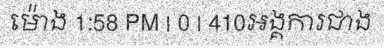
ម៉ោង 1:58 PM | 0 | 410អង្គការជាង